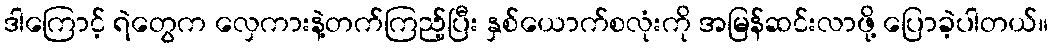
ဒါကြောင့် ရဲတွေက လှေကားနဲ့တက်ကြည့်ပြီး နှစ်ယောက်စလုံးကို အမြန်ဆင်းလာဖို့ ပြောခဲ့ပါတယ်။